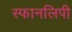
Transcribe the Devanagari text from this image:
स्फानलिपी